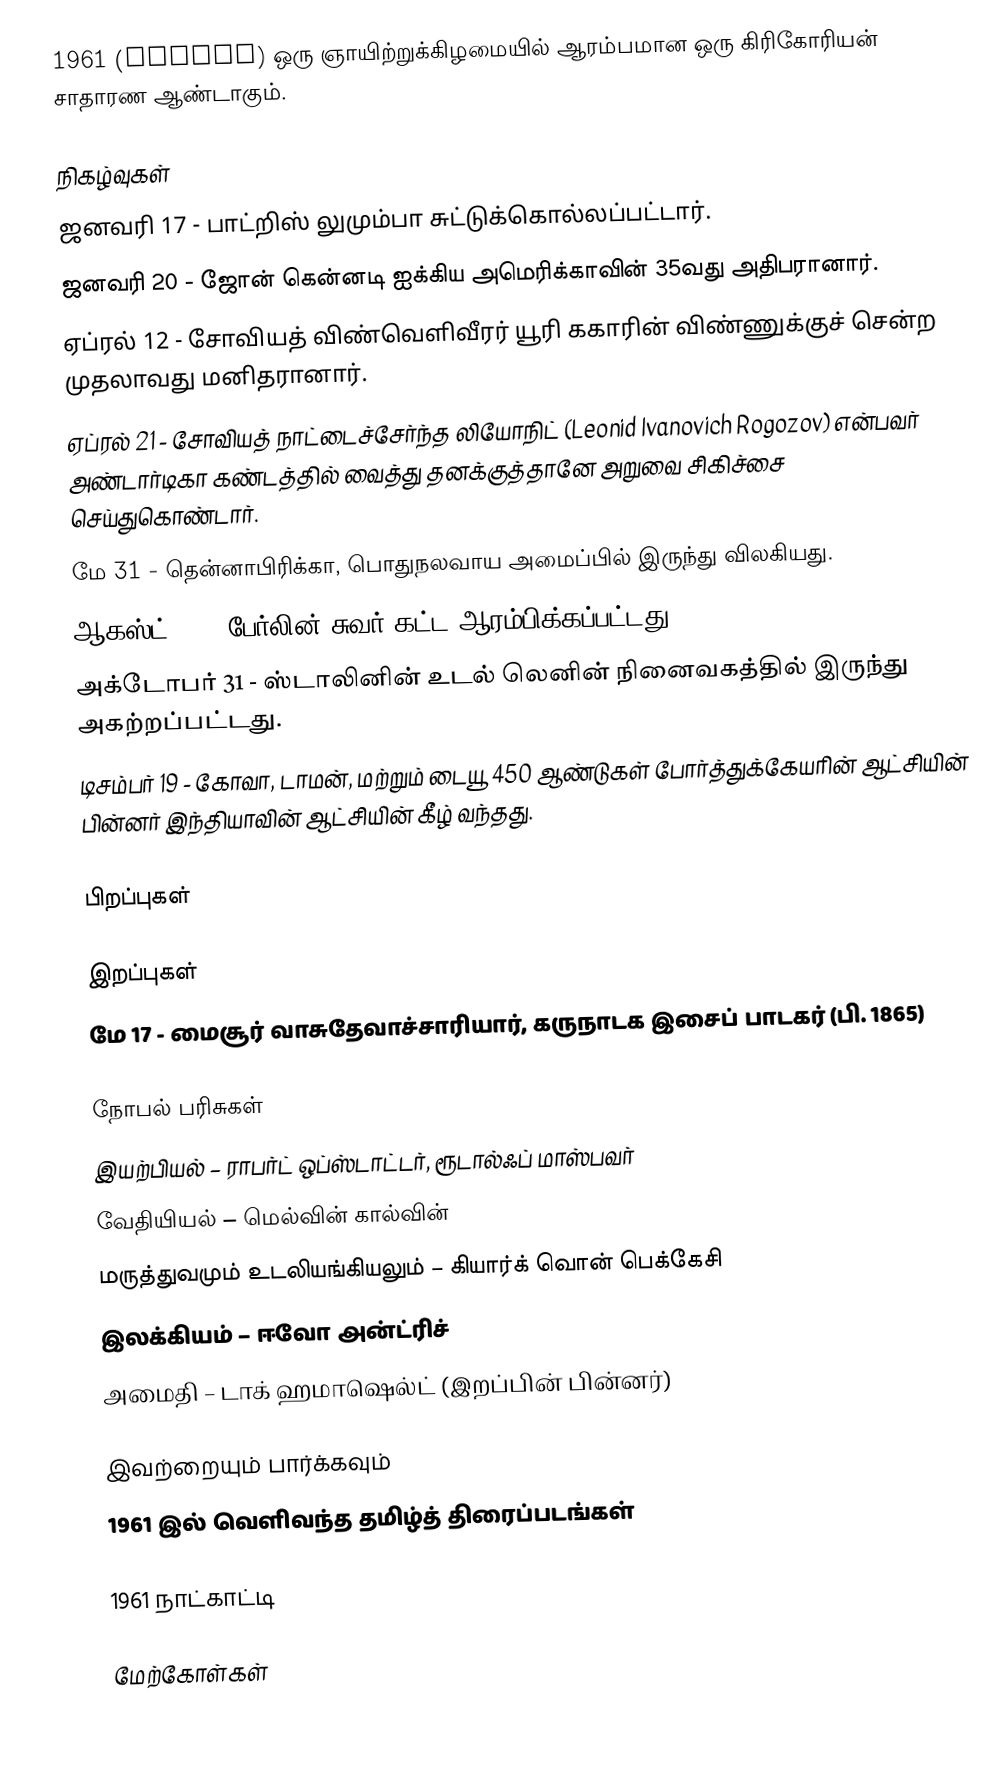
1961  (MCMLXI) ஒரு ஞாயிற்றுக்கிழமையில் ஆரம்பமான ஒரு கிரிகோரியன் சாதாரண ஆண்டாகும்.

நிகழ்வுகள்
 ஜனவரி 17 - பாட்றிஸ் லுமும்பா சுட்டுக்கொல்லப்பட்டார்.
 ஜனவரி 20 - ஜோன் கென்னடி ஐக்கிய அமெரிக்காவின் 35வது அதிபரானார்.
 ஏப்ரல் 12 - சோவியத் விண்வெளிவீரர் யூரி ககாரின் விண்ணுக்குச் சென்ற முதலாவது மனிதரானார்.
 ஏப்ரல் 21 - சோவியத் நாட்டைச்சேர்ந்த லியோநிட் (Leonid Ivanovich Rogozov)  என்பவர் அண்டார்டிகா கண்டத்தில் வைத்து தனக்குத்தானே அறுவை சிகிச்சை செய்துகொண்டார்.
 மே 31 - தென்னாபிரிக்கா, பொதுநலவாய அமைப்பில் இருந்து விலகியது.
 ஆகஸ்ட் 13 - பேர்லின் சுவர் கட்ட ஆரம்பிக்கப்பட்டது.
 அக்டோபர் 31 - ஸ்டாலினின் உடல் லெனின் நினைவகத்தில் இருந்து அகற்றப்பட்டது.
 டிசம்பர் 19 - கோவா, டாமன், மற்றும் டையூ 450 ஆண்டுகள் போர்த்துக்கேயரின் ஆட்சியின் பின்னர் இந்தியாவின் ஆட்சியின் கீழ் வந்தது.

பிறப்புகள்

இறப்புகள்
 மே 17 - மைசூர் வாசுதேவாச்சாரியார், கருநாடக இசைப் பாடகர் (பி. 1865)

நோபல் பரிசுகள்
 இயற்பியல் – ராபர்ட் ஒப்ஸ்டாட்டர், ரூடால்ஃப் மாஸ்பவர்
 வேதியியல் – மெல்வின் கால்வின்
 மருத்துவமும் உடலியங்கியலும் – கியார்க் வொன் பெக்கேசி
 இலக்கியம் – ஈவோ அன்ட்ரிச்
 அமைதி – டாக் ஹமாஷெல்ட் (இறப்பின் பின்னர்)

இவற்றையும் பார்க்கவும்
 1961 இல் வெளிவந்த தமிழ்த் திரைப்படங்கள்

1961 நாட்காட்டி

மேற்கோள்கள்